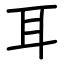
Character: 耳